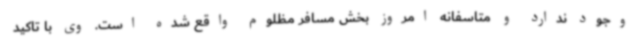
وجود ندارد و متاسفانه امروز بخش مسافر مظلوم واقع شده است. وی با تاکید